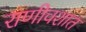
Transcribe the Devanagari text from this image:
राणीवशात